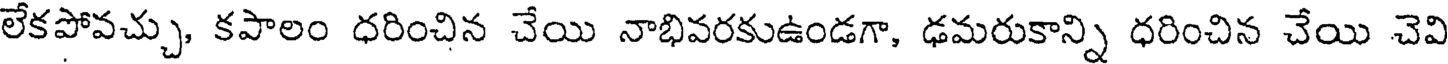
లేకపోవచ్చు, కపాలం ధరించిన చేయి నాభివరకుఉండగా, ఢమరుకాన్ని ధరించిన చేయి చెవి